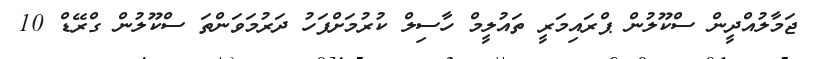
ޖަމާލުއްދީން ސްކޫލުން ޕްރައިމަރީ ތައުލީމް ހާސިލް ކުރުމަށްފަހު ދަރުމަވަންތަ ސްކޫލުން ގްރޭޑް 10